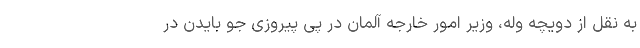
به نقل از دویچه وله، وزیر امور خارجه آلمان در پی پیروزی جو بایدن در